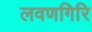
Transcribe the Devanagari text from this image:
लवणगिरि